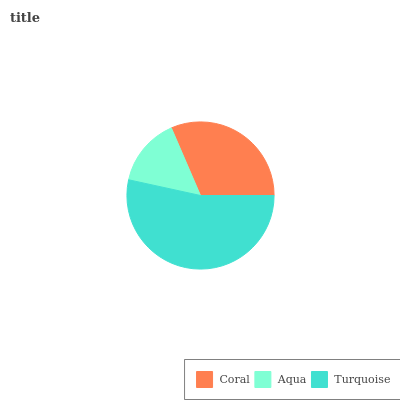
| Coral | Aqua | Turquoise |
 | --- | --- | --- |
 | 31.5% | 15.1% | 53.4% |